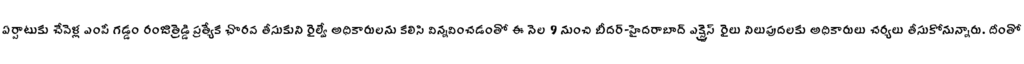
ఏర్పాటుకు చేవెళ్ల ఎంపీ గడ్డం రంజిత్రెడ్డి ప్రత్యేక చొరవ తీసుకుని రైల్వే అధికారులను కలిసి విన్నవించడంతో ఈ నెల 9 నుంచి బీదర్-హైదరాబాద్ ఎక్స్ప్రెస్ రైలు నిలుపుదలకు అధికారులు చర్యలు తీసుకోనున్నారు. దీంతో